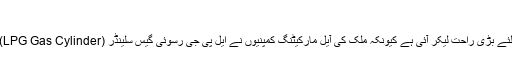
چیک کریں نئی قیمتیں
اگست کے ماہ کی پہلی تاریخ عام آدمی کیلئے بڑی راحت لیکر آئی ہے کیونکہ ملک کی آیل مارکیٹنگ کمپنیوں نے ایل پی جی رسوئی گیس سلینڈر (LPG Gas Cylinder) کی قیمتوں میں کوئی تبدیلی نہیں کی ہے۔